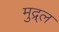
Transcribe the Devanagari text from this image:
मुद्र्ल